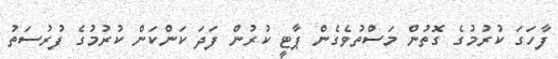
ފާހަގަ ކުރުމުގެ ގޮތުން މަސްތުވެގެން ޕާޓީ ކުރުން ފަދަ ކަންކަން ކުރުމުގެ ފުރުސަތު